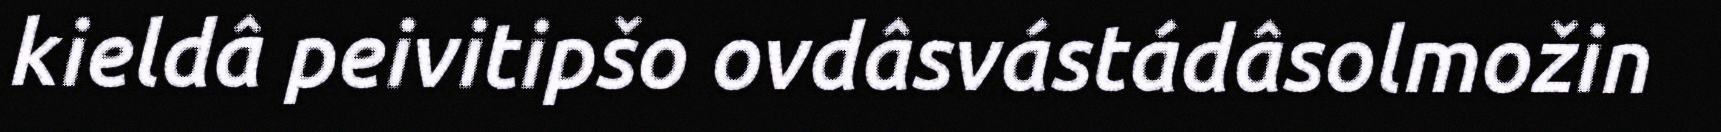
kieldâ peivitipšo ovdâsvástádâsolmožin